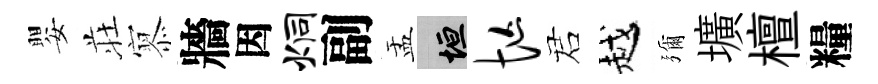
嬰荘𡪹牆因炯副盂垣忙诺越彌壙檀糧